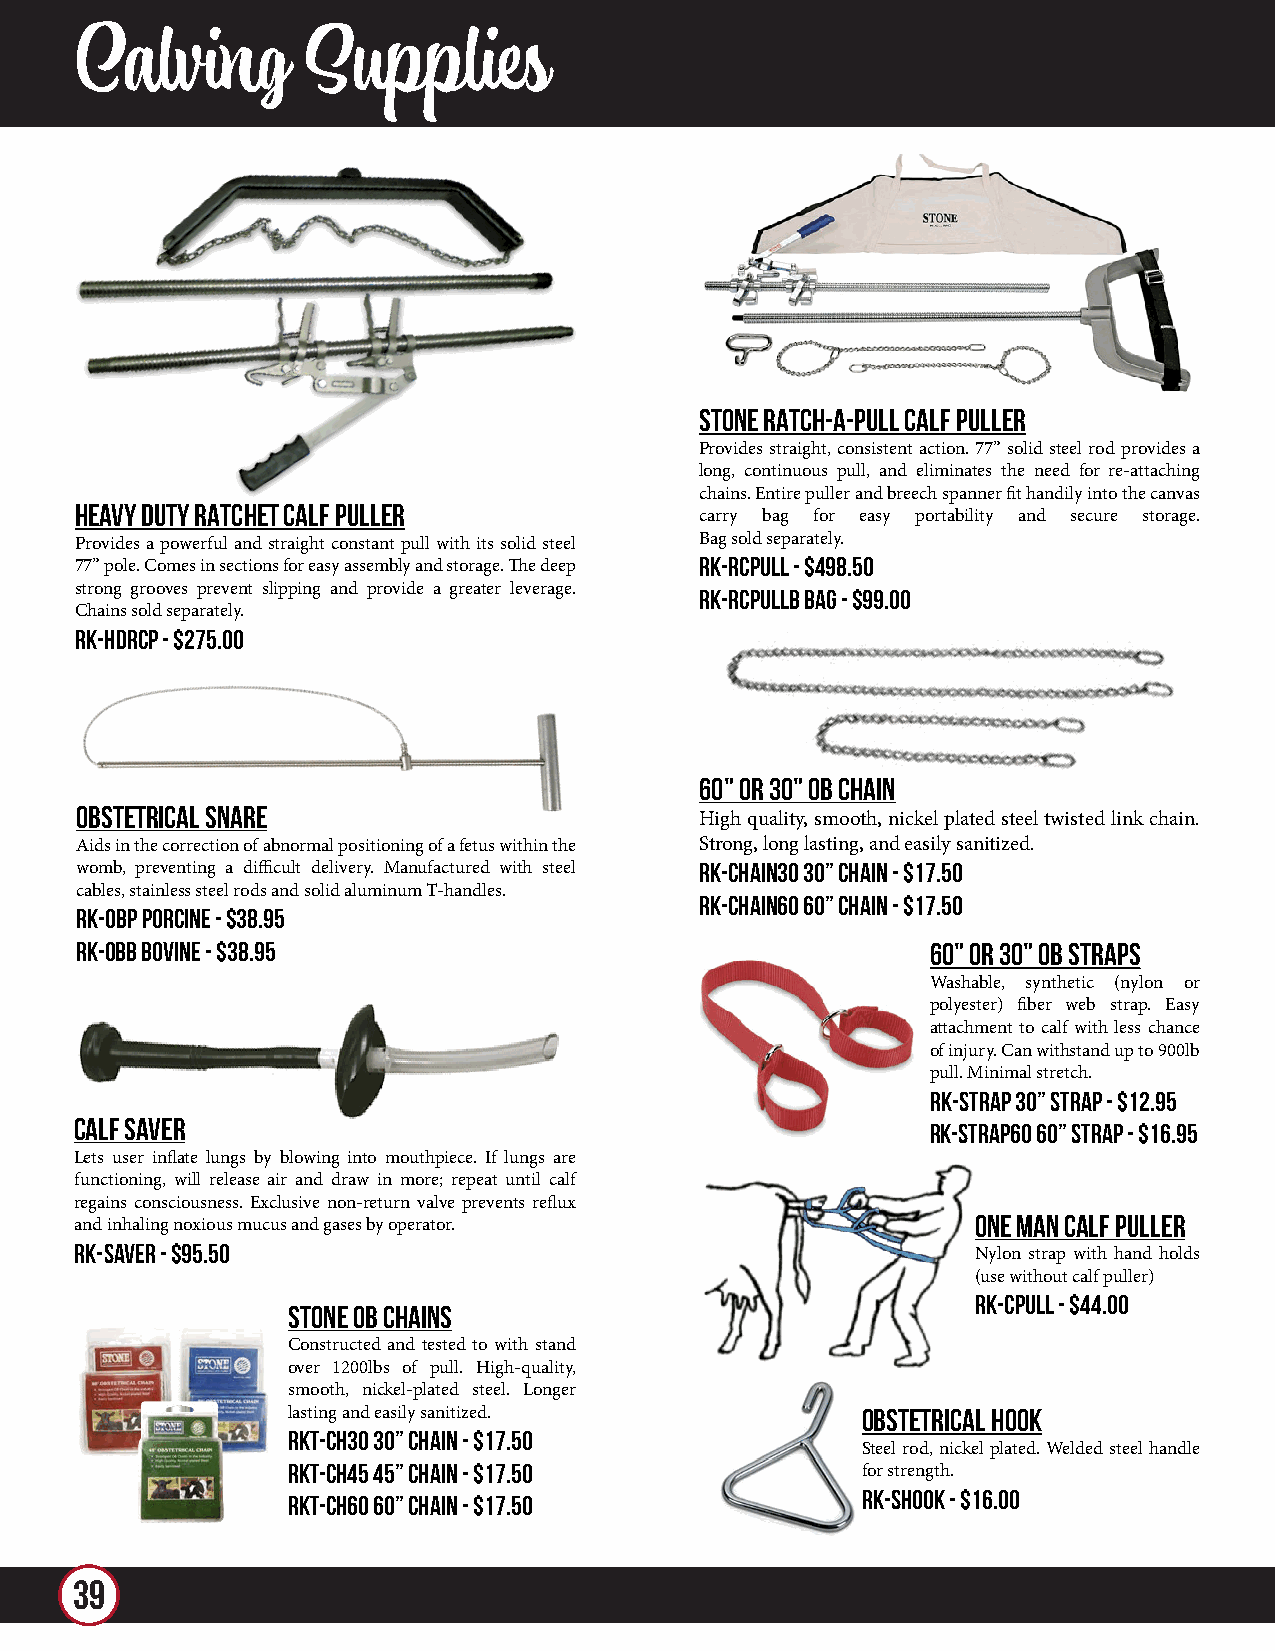
Calving        Supplies
 STONE RATCH-A-PULL CALF PULLER
 Provides straight, consistent action. 77” solid steel rod provides a
 long, continuous pull, and eliminates the need for re-attaching
 chains. Entire puller and breech spanner fit handily into the canvas
 HEAVY DUTY RATCHET CALF PULLER
 carry bag for easy portability and secure storage.
 Provides a powerful and straight constant pull with its solid steel Bag sold separately.
 77” pole. Comes in sections for easy assembly and storage. The deep RK-RCPULL - $498.50
 strong grooves prevent slipping and provide a greater leverage. RK-RCPULLB Bag - $99.00
 Chains sold separately.
 RK-HDRCP - $275.00
 60" OR 30" OB CHAIN
 OBSTETRICAL SNARE
 High quality, smooth, nickel plated steel twisted link chain.
 Aids in the correction of abnormal positioning of a fetus within the Strong, long lasting, and easily sanitized.
 womb, preventing a difficult delivery. Manufactured with steel RK-CHAIN30 30” Chain - $17.50
 cables, stainless steel rods and solid aluminum T-handles.
 RK-CHAIN60 60” Chain - $17.50
 RK-OBP Porcine - $38.95
 RK-OBB Bovine - $38.95                                   60" OR 30" OB STRAPS
 Washable, synthetic (nylon or
 polyester) fiber web strap. Easy
 attachment to calf with less chance
 of injury. Can withstand up to 900lb
 pull. Minimal stretch.
 RK-STRAP 30” Strap - $12.95
 CALF SAVER
 RK-STRAP60 60” Strap - $16.95
 Lets user inflate lungs by blowing into mouthpiece. If lungs are
 functioning, will release air and draw in more; repeat until calf
 regains consciousness. Exclusive non-return valve prevents reflux
 ONE MAN CALF PULLER
 and inhaling noxious mucus and gases by operator.
 RK-SAVER - $95.50
 Nylon strap with hand holds
 (use without calf puller)
 RK-CPULL - $44.00
 STONE OB CHAINS
 Constructed and tested to with stand
 over 1200lbs of pull. High-quality,
 smooth, nickel-plated steel. Longer
 lasting and easily sanitized.         OBSTETRICAL HOOK
 RKT-CH30 30” Chain - $17.50
 Steel rod, nickel plated. Welded steel handle
 RKT-CH45 45” Chain - $17.50           for strength.
 RK-SHOOK - $16.00
 RKT-CH60 60” Chain - $17.50
 39